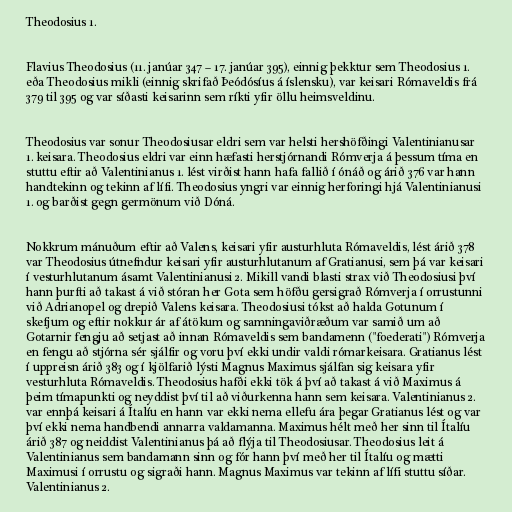
Theodosius 1.

Flavius Theodosius (11. janúar 347 – 17. janúar 395), einnig þekktur sem Theodosius 1.
eða Theodosius mikli (einnig skrifað Þeódósíus á íslensku), var keisari Rómaveldis frá
379 til 395 og var síðasti keisarinn sem ríkti yfir öllu heimsveldinu.

Theodosius var sonur Theodosiusar eldri sem var helsti hershöfðingi Valentinianusar
1. keisara. Theodosius eldri var einn hæfasti herstjórnandi Rómverja á þessum tíma en
stuttu eftir að Valentinianus 1. lést virðist hann hafa fallið í ónáð og árið 376 var hann
handtekinn og tekinn af lífi. Theodosius yngri var einnig herforingi hjá Valentinianusi
1. og barðist gegn germönum við Dóná.

Nokkrum mánuðum eftir að Valens, keisari yfir austurhluta Rómaveldis, lést árið 378
var Theodosius útnefndur keisari yfir austurhlutanum af Gratianusi, sem þá var keisari
í vesturhlutanum ásamt Valentinianusi 2. Mikill vandi blasti strax við Theodosiusi því
hann þurfti að takast á við stóran her Gota sem höfðu gersigrað Rómverja í orrustunni
við Adrianopel og drepið Valens keisara. Theodosiusi tókst að halda Gotunum í
skefjum og eftir nokkur ár af átökum og samningaviðræðum var samið um að
Gotarnir fengju að setjast að innan Rómaveldis sem bandamenn ("foederati") Rómverja
en fengu að stjórna sér sjálfir og voru því ekki undir valdi rómarkeisara. Gratianus lést
í uppreisn árið 383 og í kjölfarið lýsti Magnus Maximus sjálfan sig keisara yfir
vesturhluta Rómaveldis. Theodosius hafði ekki tök á því að takast á við Maximus á
þeim tímapunkti og neyddist því til að viðurkenna hann sem keisara. Valentinianus 2.
var ennþá keisari á Ítalíu en hann var ekki nema ellefu ára þegar Gratianus lést og var
því ekki nema handbendi annarra valdamanna. Maximus hélt með her sinn til Ítalíu
árið 387 og neiddist Valentinianus þá að flýja til Theodosiusar. Theodosius leit á
Valentinianus sem bandamann sinn og fór hann því með her til Ítalíu og mætti
Maximusi í orrustu og sigraði hann. Magnus Maximus var tekinn af lífi stuttu síðar.
Valentinianus 2.